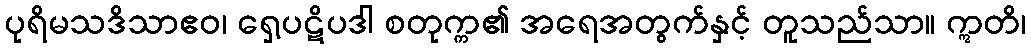
ပုရိမသဒိသာဧဝ၊ ရှေ့ပဋိပဒါ စတုက္က၏ အရေအတွက်နှင့် တူသည်သာ။ ဣတိ၊